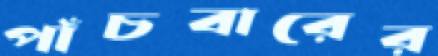
পাঁচবারের